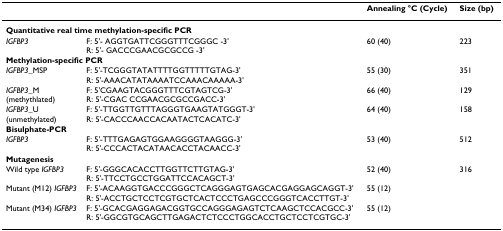
<table><thead><tr><td></td><td></td><td><b>Annealing °C (Cycle) </b></td><td><b>Size (bp) </b></td></tr></thead><tbody><tr><td colspan="4"><b>Quantitative real time methylation-specific PCR</b></td></tr><tr><td><i>IGFBP3</i></td><td>F: 5&#x27;- AGGTGATTCGGGTTTCGGGC -3&#x27;R: 5&#x27;- GACCCGAACGCGCCG -3&#x27;</td><td>60 (40)</td><td>223</td></tr><tr><td colspan="4"><b>Methylation-specific PCR</b></td></tr><tr><td><i>IGFBP3</i>_MSP</td><td>F: 5&#x27;-TCGGGTATATTTTGGTTTTTGTAG-3&#x27;R: 5&#x27;-AAACATATAAAATCCAAACAAAAA-3&#x27;</td><td>55 (30)</td><td>351</td></tr><tr><td><i>IGFBP3</i>_M(methythlated)</td><td>F: 5&#x27;CGAAGTACGGGTTTCGTAGTCG-3&#x27;R: 5&#x27;-CGAC CCGAACGCGCCGACC-3&#x27;</td><td>66 (40)</td><td>129</td></tr><tr><td><i>IGFBP3</i>_U(unmethylated)</td><td>F: 5&#x27;-TTGGTTGTTTAGGGTGAAGTATGGGT-3&#x27;R: 5&#x27;-CACCCAACCACAATACTCACATC-3&#x27;</td><td>64 (40)</td><td>158</td></tr><tr><td colspan="4"><b>Bisulphate-PCR</b></td></tr><tr><td><i>IGFBP3</i></td><td>F: 5&#x27;-TTTGAGAGTGGAAGGGGTAAGGG-3&#x27;R: 5&#x27;-CCCACTACATAACACCTACAACC-3&#x27;</td><td>53 (40)</td><td>512</td></tr><tr><td colspan="4"><b>Mutagenesis</b></td></tr><tr><td>Wild type <i>IGFBP3</i></td><td>F: 5&#x27;-GGGCACACCTTGGTTCTTGTAG-3&#x27;R: 5&#x27;-TTCCTGCCTGGATTCCACAGCT-3&#x27;</td><td>52 (40)</td><td>316</td></tr><tr><td>Mutant (M12) <i>IGFBP3</i></td><td>F: 5&#x27;-ACAAGGTGACCCGGGCTCAGGGAGTGAGCACGAGGAGCAGGT-3&#x27;R: 5&#x27;-ACCTGCTCCTCGTGCTCACTCCCTGAGCCCGGGTCACCTTGT-3&#x27;</td><td>55 (12)</td><td></td></tr><tr><td>Mutant (M34) <i>IGFBP3</i></td><td>F: 5&#x27;-GCACGAGGAGACGGTGCCAGGGAGAGTCTCAAGCTCCACGCC-3&#x27;R: 5&#x27;-GGCGTGCAGCTTGAGACTCTCCCTGGCACCTGCTCCTCGTGC-3&#x27;</td><td>55 (12)</td><td></td></tr></tbody></table>